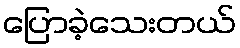
ပြောခဲ့သေးတယ်